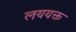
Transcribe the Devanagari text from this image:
लययक्त